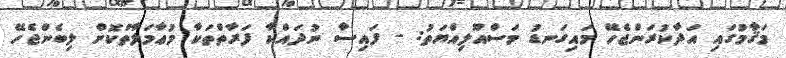
މަޤާމުގައި އަދާކުރަންޖެހޭ މައިގަނޑު މަސްއޫލިއްޔަތު: - ފައިސާ ނުދައްކާ ފަރާތްތަކާ މުޢާމަލާތްކޮށް ލިބެންޖެހޭ